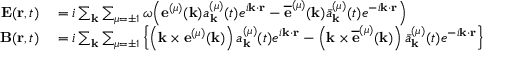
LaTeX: \begin{array} { r l } { \mathbf { E } ( \mathbf { r } , t ) } & { { } = i \sum _ { \mathbf { k } } { \sum _ { \mu = \pm 1 } \omega { \left( { \mathbf { e } ^ { ( \mu ) } } ( \mathbf { k } ) a _ { \mathbf { k } } ^ { ( \mu ) } ( t ) { e ^ { i \mathbf { k } \cdot \mathbf { r } } } - { { \overline { { \mathbf { e } } } } ^ { ( \mu ) } } ( \mathbf { k } ) { \bar { a } } _ { \mathbf { k } } ^ { ( \mu ) } ( t ) { { e } ^ { - i \mathbf { k } \cdot \mathbf { r } } } \right) } } } \\ { \mathbf { B } ( \mathbf { r } , t ) } & { { } = i \sum _ { \mathbf { k } } \sum _ { \mu = \pm 1 } \left\{ \left( \mathbf { k } \times { { \mathbf { e } } ^ { ( \mu ) } } ( \mathbf { k } ) \right) a _ { \mathbf { k } } ^ { ( \mu ) } ( t ) e ^ { i \mathbf { k } \cdot \mathbf { r } } - \left( \mathbf { k } \times { { \overline { { \mathbf { e } } } } ^ { ( \mu ) } } ( \mathbf { k } ) \right) { \bar { a } } _ { \mathbf { k } } ^ { ( \mu ) } ( t ) { { e } ^ { - i \mathbf { k } \cdot \mathbf { r } } } \right\} } \end{array}